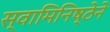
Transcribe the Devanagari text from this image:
स्वामिनिष्ठेने